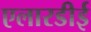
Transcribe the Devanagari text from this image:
एलारडीई